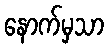
နောက်မှသာ